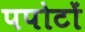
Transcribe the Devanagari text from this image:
पपोटों